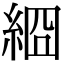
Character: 𦀝